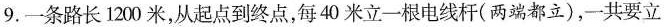
9.一条路长 1200米，从起点到终点，每40米立一根电线杆(两端都立)，一共要立